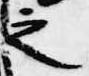
之